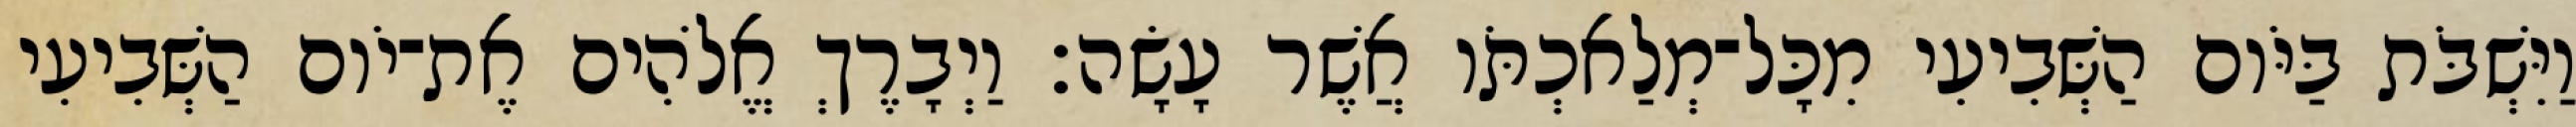
וַיִּשְׁבֹּת בַּיֹּום הַשְּׁבִיעִי מִכָּל־מְלַאכְתֹּו אֲשֶׁר עָשָׂה׃ וַיְבָרֶךְ אֱלֹהִים אֶת־יֹום הַשְּׁבִיעִי